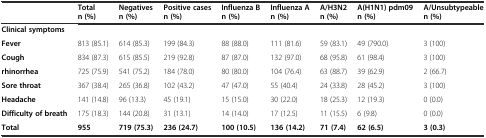
<table><thead><tr><td></td><td><b>Total n (%)</b></td><td><b>Negatives n (%)</b></td><td><b>Positive cases n (%)</b></td><td><b>Influenza B n (%)</b></td><td><b>Influenza A n (%)</b></td><td><b>A/H3N2 n (%)</b></td><td><b>A(H1N1) pdm09 n (%)</b></td><td><b>A/Unsubtypeable n (%)</b></td></tr></thead><tbody><tr><td><b>Clinical symptoms</b></td><td></td><td></td><td></td><td></td><td></td><td></td><td></td><td></td></tr><tr><td><b>Fever</b></td><td>813 (85.1)</td><td>614 (85.3)</td><td>199 (84.3)</td><td>88 (88.0)</td><td>111 (81.6)</td><td>59 (83.1)</td><td>49 (790.0)</td><td>3 (100)</td></tr><tr><td><b>Cough</b></td><td>834 (87.3)</td><td>615 (85.5)</td><td>219 (92.8)</td><td>87 (87.0)</td><td>132 (97.0)</td><td>68 (95.8)</td><td>61 (98.4)</td><td>3 (100)</td></tr><tr><td><b>rhinorrhea</b></td><td>725 (75.9)</td><td>541 (75.2)</td><td>184 (78.0)</td><td>80 (80.0)</td><td>104 (76.4)</td><td>63 (88.7)</td><td>39 (62.9)</td><td>2 (66.7)</td></tr><tr><td><b>Sore throat</b></td><td>367 (38.4)</td><td>265 (36.8)</td><td>102 (43.2)</td><td>47 (47.0)</td><td>55 (40.4)</td><td>24 (33.8)</td><td>28 (45.2)</td><td>3 (100)</td></tr><tr><td><b>Headache</b></td><td>141 (14.8)</td><td>96 (13.3)</td><td>45 (19.1)</td><td>15 (15.0)</td><td>30 (22.0)</td><td>18 (25.3)</td><td>12 (19.3)</td><td>0 (0.0)</td></tr><tr><td><b>Difficulty of breath</b></td><td>175 (18.3)</td><td>144 (20.8)</td><td>31 (13.1)</td><td>14 (14.0)</td><td>17 (12.5)</td><td>11 (15.5)</td><td>6 (9.8)</td><td>0 (0.0)</td></tr><tr><td><b>Total</b></td><td><b>955</b></td><td><b>719 (75.3)</b></td><td><b>236 (24.7)</b></td><td><b>100 (10.5)</b></td><td><b>136 (14.2)</b></td><td><b>71 (7.4)</b></td><td><b>62 (6.5)</b></td><td><b>3 (0.3)</b></td></tr></tbody></table>